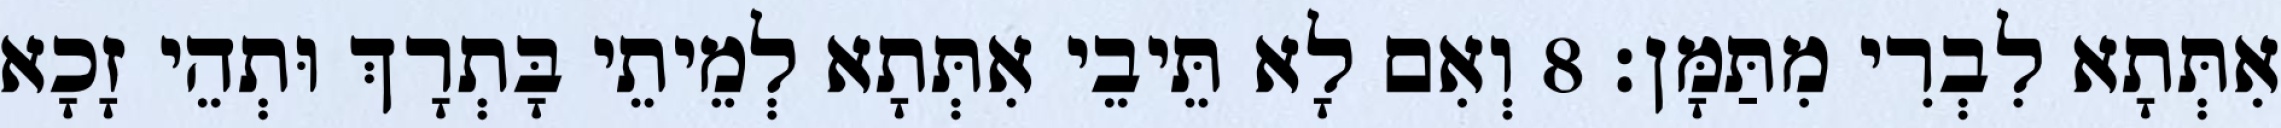
אִתְּתָא לִבְרִי מִתַּמָּן׃ 8 וְאִם לָא תֵּיבֵי אִתְּתָא לְמֵיתֵי בָּתְרָךְ וּתְהֵי זָכָא